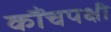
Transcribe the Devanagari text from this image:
कौंचपक्षी